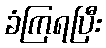
ခံကြရပြီး